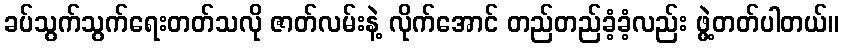
ခပ်သွက်သွက်ရေးတတ်သလို ဇာတ်လမ်းနဲ့ လိုက်အောင် တည်တည်ခံ့ခံ့လည်း ဖွဲ့တတ်ပါတယ်။